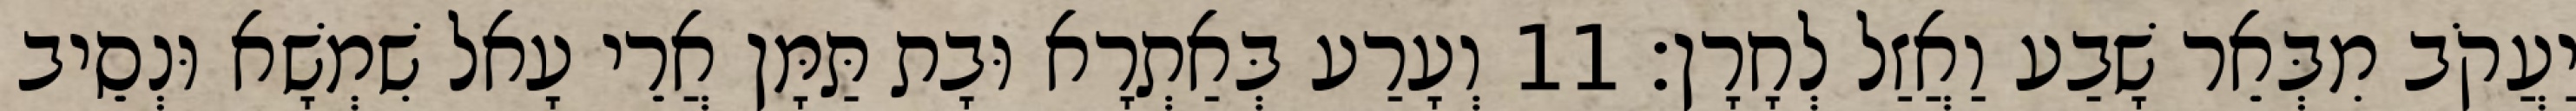
יַעֲקֹב מִבְּאֵר שָׁבַע וַאֲזַל לְחָרָן׃ 11 וְעָרַע בְּאַתְרָא וּבָת תַּמָּן אֲרֵי עָאל שִׁמְשָׁא וּנְסֵיב